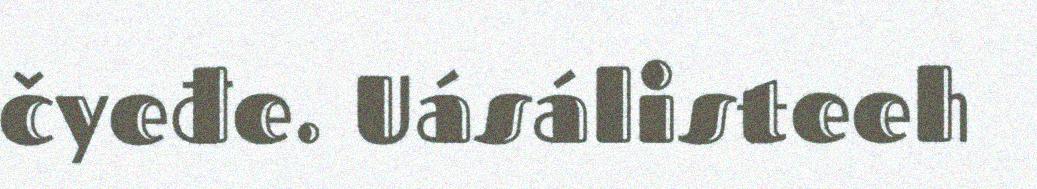
čyeđe. Uásálisteeh